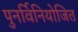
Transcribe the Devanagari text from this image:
पुनर्विनियोजित